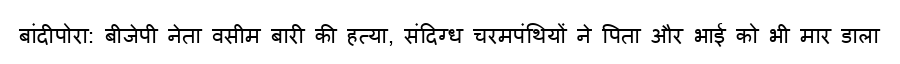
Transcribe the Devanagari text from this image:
बांदीपोरा: बीजेपी नेता वसीम बारी की हत्या, संदिग्ध चरमपंथियों ने पिता और भाई को भी मार डाला